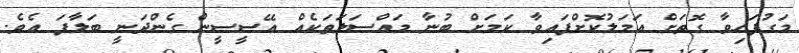
މަގުފަހިވާ ގޮތަށް އަމަލުކޮށްފައިވާ ކަމަށް ބުނާ މައްސަލަތަކެއް އޭސީސީން ގެންދަނީ ބަލާފަ އެވެ.